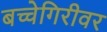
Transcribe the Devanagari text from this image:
बच्चेगिरीवर